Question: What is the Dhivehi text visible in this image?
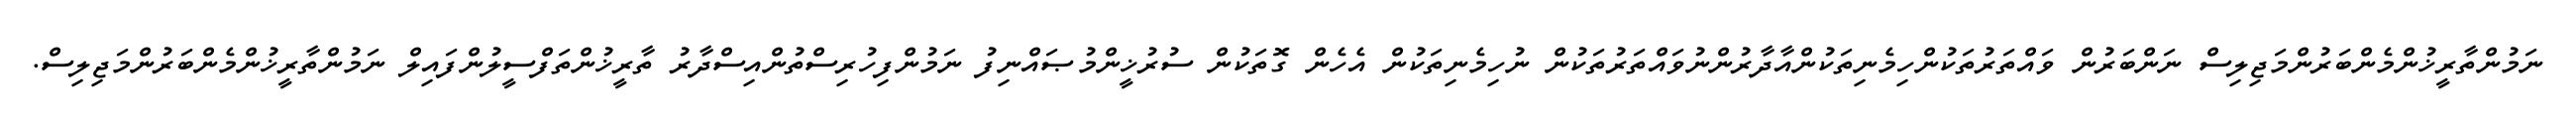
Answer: ނަމުންތާރީޚުންމެންބަރުންމަޖިލިސް ނަންބަރުން ވައްތަރުތަކުންހިމެނިތަކުންއާދާރުންނުވައްތަރުތަކުން ނުހިމެނިތަކުން އެހެން ގޮތަކުން ސުރުޚީންމުޞައްނިފު ނަމުންފިހުރިސްތުންއިސްދާރު ތާރީޚުންތަފްސީލުންފައިލް ނަމުންތާރީޚުންމެންބަރުންމަޖިލިސް.